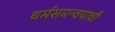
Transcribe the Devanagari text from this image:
धर्मसमन्वयाची